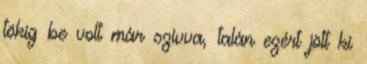
tökig be volt már szívva, talán ezért jött ki